Annual administration report of the Civil Veterinary Department of India - 1892-1893
Year: 1892
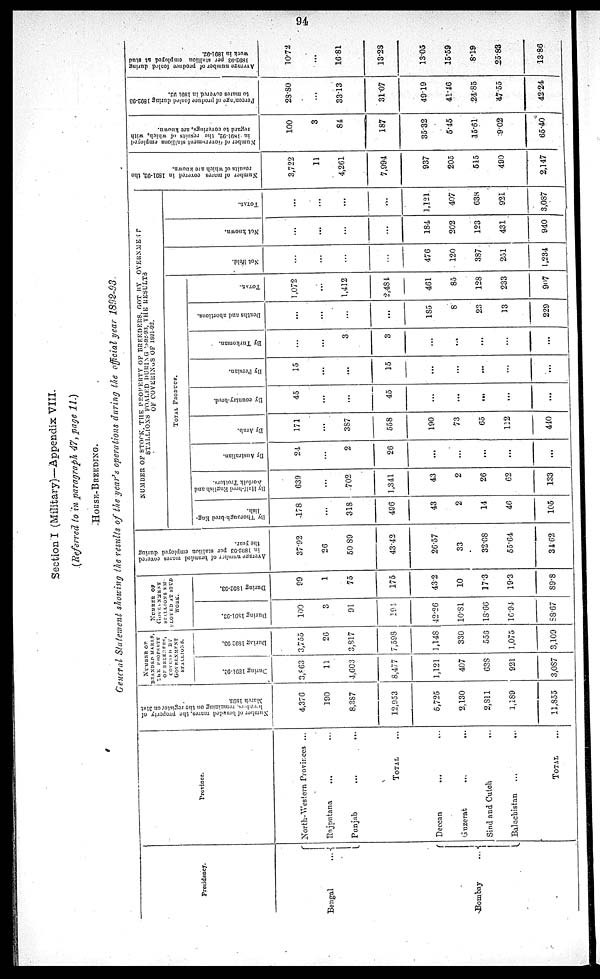
94
Section I (Military)—Appendix VIII.
(Referred to in paragraph 47, page 11.)
HORSE-BREEDING.
General Statement showing the results of the year's operations during the official year 1892-93.
Presidency.
Bengal
...
Bombay
...
Province.
North-Western Provinces ...
Rajputana ... ...
Punjab
...
...
TOTAL ...
Deccan ... ...
Guzerat
...
...
Sind and Cutch ...
Baluchistan ... ...
TOTAL ...
Nu mb e r of b r a n d e d mar es , the propert y
breeders remaining on the register on 31st
March 1893.
4,376
190
8,387
12,953
5,725
2,130
2,811
1,189
11,855
NUMBER OF
BRANDED MARES,
THE PROPERTY
OF
BREEDERS,
COVERED BY
GOVERNMENT
STALLIONS.
During 1891-92.
3,863
11
4,603
8,477
1,121
407
638
921
3,087
During 1892-93.
3,755
26
3,817
7,598
1,148
330
556
1,075
3,109
NUMBER OF
GOVERNMENT
STALLIONS EM¬
PLOYED AT STUD
WORK.
During 1891-92.
100
3
91
191
42.26
10.81
18.66
16.94
88.67
During 1892-93.
99
1
75
175
43.2
10
17.3
19.3
89.8
Average number of branded mares covered
in 1892-93 per
stallion
employed during
the year.
37.92
26
50.89
43.42
26.57
33
32.08
55.64
34.62
NUMBER OF STOCK, THE PROPERTY OF BREEDERS, GOT BY GOVERNMENT
STALLIONS FOALED DURING 1892-93, THE RESULTS
OF COVERINGS OF 1891-92.
TOTAL PRODUCE.
By Thorough-bred Eng¬
lish.
178
...
318
496
43
2
14
46
105
By Half-bred English and
Norfolk Trotters.
639
...
702
1,341
43
2
26
62
133
By Australian.
24
...
2
26
...
...
...
...
...
By Arab.
171
...
387
558
190
73
65
112
440
By country-bred.
45
...
...
45
...
...
...
...
...
By
Persian.
15
...
...
15
...
...
...
...
...
By Turkoman.
...
...
3
3
...
...
...
...
...
Deaths and abortions.
...
...
...
...
185
8
23
13
229
TOTAL.
1,072
...
1,412
2,484
461
85
128
233
907
Not Held.
...
...
...
...
476
120
387
251
1,234
Not known.
...
...
...
...
184
202
123
431
940
TOTAL.
...
...
...
...
1,121
407
638
921
3,087
Number of mares covered in 1891-92, the
results of which are known.
3,722
11
4,261
7,994
937
205
545
490
2,147
Number of Government stallions employed
in 1891-92, the results of which, with
regard to coverings, are known.
100
3
84
187
35.32
5.45
15.61
9.02
65.40
Percentage
of produce foaled during 1892-93
to mares covered in 1891-92.
28.80
...
33.13
31.07
49.19
41.46
24.85
47.55
42.24
Average number of produce foaled during
1892-93
per stallion employed at stud
work in 1891-92.
10.72
...
16.81
13.28
13.05
15.59
8.19
25.83
13.86